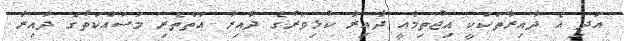
އަދި އެ ދާއިރާތަކަކީ އިޖުތިމާއީ ދާއިރާ ކުޅިވަރުގެ ދާއިރާ އަތްތެރި މަސައްކަތުގެ ދާއިރާ